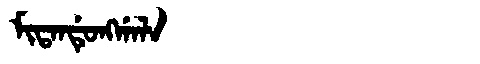
Manchu: ᠮᡳᡨᠠᠨᡩᡠᠩᡤᠠᠯᠠ
Romanization: MITANDUNGGALA